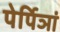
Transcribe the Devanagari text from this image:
पेर्पिञां